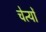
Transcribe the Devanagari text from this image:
चेत्यों